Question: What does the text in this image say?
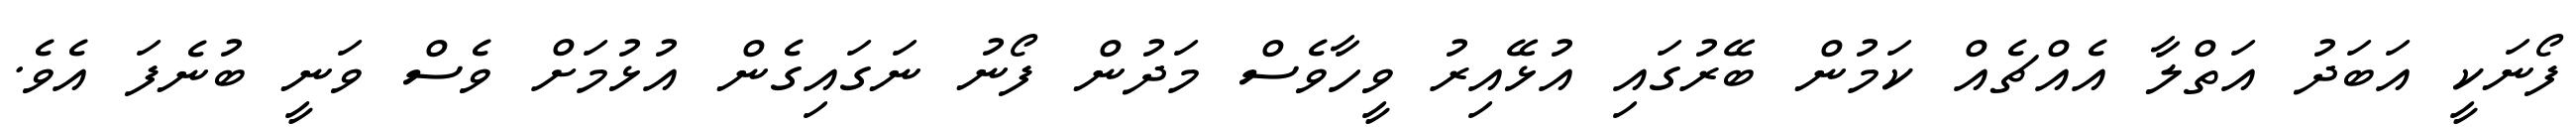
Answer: ފޯނަކީ އަބަދު އަތްލާ އެއްޗެއް ކަމުން ބޭރުގައި އުޅޭއިރު ވީހާވެސް މަދުން ފޯނު ނަގައިގެން އުޅުމަށް ވެސް ވަނީ ބުނެފަ އެވެ.